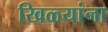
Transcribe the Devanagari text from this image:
खिळ्यांना